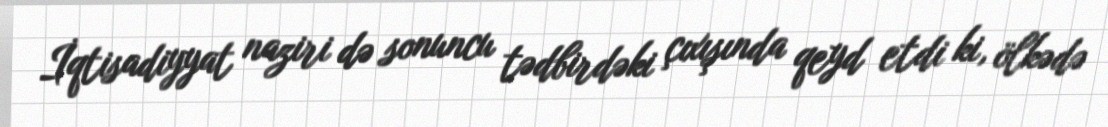
İqtisadiyyat naziri də sonuncu tədbirdəki çıxışında qeyd etdi ki, ölkədə